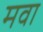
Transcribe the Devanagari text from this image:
मवा